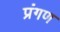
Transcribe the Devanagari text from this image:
प्रंगण